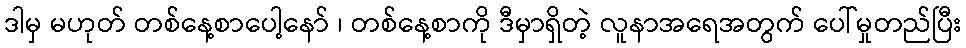
ဒါမှ မဟုတ် တစ်နေ့စာပေါ့နော် ၊ တစ်နေ့စာကို ဒီမှာရှိတဲ့ လူနာအရေအတွက် ပေါ်မှုတည်ပြီး